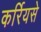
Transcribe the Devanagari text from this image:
कर्रियसे